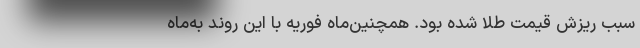
سبب ریزش قیمت طلا شده بود. همچنین‌ماه‌ فوریه با این روند به‌ماه‌